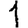
Digit: 1